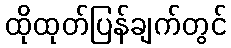
ထိုထုတ်ပြန်ချက်တွင်